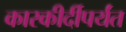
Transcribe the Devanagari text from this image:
कारकीर्दीपर्यंत